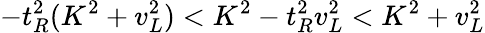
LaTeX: -t_{R}^{2}(K^{2}+v_{L}^{2})<K^{2}-t_{R}^{2}v_{L}^{2}<K^{2}+v_{L}^{2}